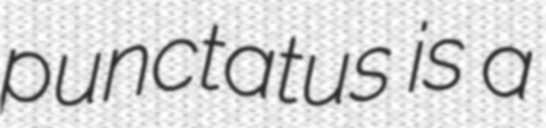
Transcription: punctatus is a